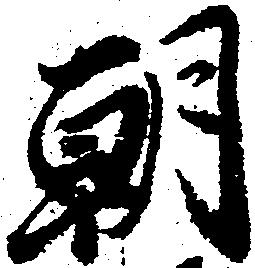
朝